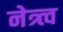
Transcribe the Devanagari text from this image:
नेत्र्त्व